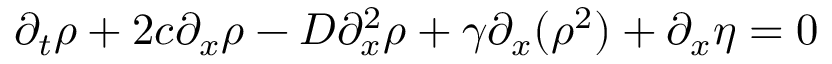
\partial _ { t } \rho + 2 c \partial _ { x } \rho - D \partial _ { x } ^ { 2 } \rho + \gamma \partial _ { x } ( \rho ^ { 2 } ) + \partial _ { x } \eta = 0